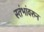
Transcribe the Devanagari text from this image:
स्तंभांवरुन